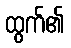
ထွက်၏